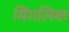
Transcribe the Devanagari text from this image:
मिंगलिक